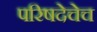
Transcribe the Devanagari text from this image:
परिषदेचेच